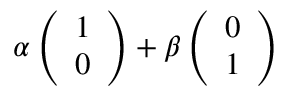
\alpha \left( \begin{array} { c } { 1 } \\ { 0 } \end{array} \right) + \beta \left( \begin{array} { c } { 0 } \\ { 1 } \end{array} \right)